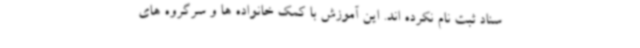
سناد ثبت نام نکرده اند. این آموزش با کمک خانواده ها و سرگروه های